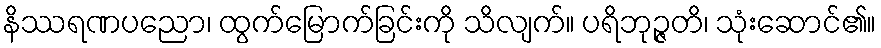
နိဿရဏပညော၊ ထွက်မြောက်ခြင်းကို သိလျက်။ ပရိဘုဉ္ဇတိ၊ သုံးဆောင်၏။